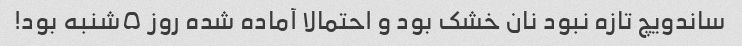
ساندویچ تازه نبود نان خشک بود و احتمالا آماده شده روز ۵شنبه بود!